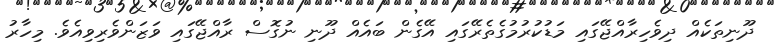
ދޫނިތަކެއް ދިވެހިރާއްޖޭގައި މަޑުކުރުމުގެތެރޭގައި އޭގެން ބައެއް ދޫނި ނުގޮސް ރާއްޖޭގައި ވަޒަންވެރިވިއެވެ. މިހާރު